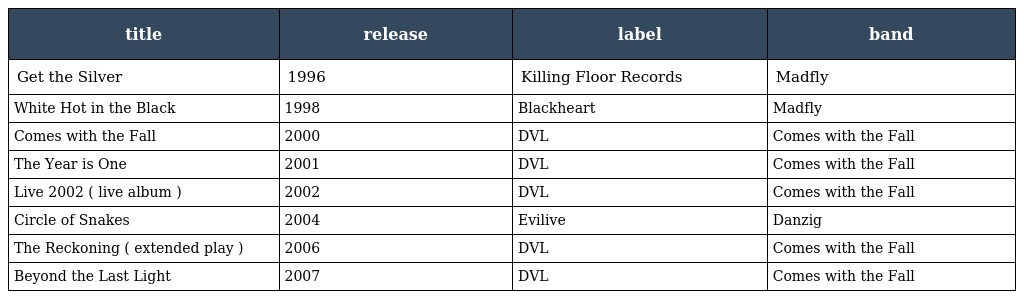
| title | release | label | band |
 | --- | --- | --- | --- |
 | Get the Silver | 1996 | Killing Floor Records | Madfly |
 | White Hot in the Black | 1998 | Blackheart | Madfly |
 | Comes with the Fall | 2000 | DVL | Comes with the Fall |
 | The Year is One | 2001 | DVL | Comes with the Fall |
 | Live 2002 ( live album ) | 2002 | DVL | Comes with the Fall |
 | Circle of Snakes | 2004 | Evilive | Danzig |
 | The Reckoning ( extended play ) | 2006 | DVL | Comes with the Fall |
 | Beyond the Last Light | 2007 | DVL | Comes with the Fall |